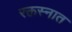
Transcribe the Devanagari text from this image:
रक्तस्नात